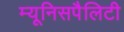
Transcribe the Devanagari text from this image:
म्यूनिसपैलिटी